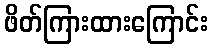
ဖိတ်ကြားထားကြောင်း